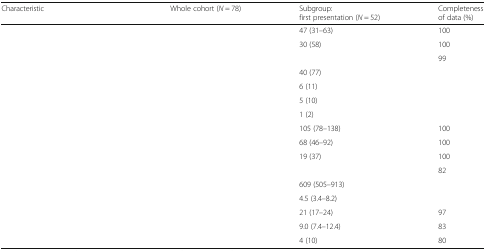
<table><thead><tr><td><b>Characteristic</b></td><td><b>Whole cohort (<i>N</i> = 78)</b></td><td><b>Subgroup:first presentation (<i>N</i> = 52)</b></td><td><b>Completenessof data (%)</b></td></tr></thead><tbody><tr><td>[EMPTY_CELL]</td><td>[EMPTY_CELL]</td><td>47 (31–63)</td><td>100</td></tr><tr><td>[EMPTY_CELL]</td><td>[EMPTY_CELL]</td><td>30 (58)</td><td>100</td></tr><tr><td>[EMPTY_CELL]</td><td>[EMPTY_CELL]</td><td>[EMPTY_CELL]</td><td>99</td></tr><tr><td>[EMPTY_CELL]</td><td>[EMPTY_CELL]</td><td>40 (77)</td><td>[EMPTY_CELL]</td></tr><tr><td>[EMPTY_CELL]</td><td>[EMPTY_CELL]</td><td>6 (11)</td><td>[EMPTY_CELL]</td></tr><tr><td>[EMPTY_CELL]</td><td>[EMPTY_CELL]</td><td>5 (10)</td><td>[EMPTY_CELL]</td></tr><tr><td>[EMPTY_CELL]</td><td>[EMPTY_CELL]</td><td>1 (2)</td><td>[EMPTY_CELL]</td></tr><tr><td>[EMPTY_CELL]</td><td>[EMPTY_CELL]</td><td>105 (78–138)</td><td>100</td></tr><tr><td>[EMPTY_CELL]</td><td>[EMPTY_CELL]</td><td>68 (46–92)</td><td>100</td></tr><tr><td>[EMPTY_CELL]</td><td>[EMPTY_CELL]</td><td>19 (37)</td><td>100</td></tr><tr><td>[EMPTY_CELL]</td><td>[EMPTY_CELL]</td><td>[EMPTY_CELL]</td><td>82</td></tr><tr><td>[EMPTY_CELL]</td><td>[EMPTY_CELL]</td><td>609 (505–913)</td><td>[EMPTY_CELL]</td></tr><tr><td>[EMPTY_CELL]</td><td>[EMPTY_CELL]</td><td>4.5 (3.4–8.2)</td><td>[EMPTY_CELL]</td></tr><tr><td>[EMPTY_CELL]</td><td>[EMPTY_CELL]</td><td>21 (17–24)</td><td>97</td></tr><tr><td>[EMPTY_CELL]</td><td>[EMPTY_CELL]</td><td>9.0 (7.4–12.4)</td><td>83</td></tr><tr><td>[EMPTY_CELL]</td><td>[EMPTY_CELL]</td><td>4 (10)</td><td>80</td></tr></tbody></table>